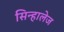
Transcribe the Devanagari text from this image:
सिन्हालेज